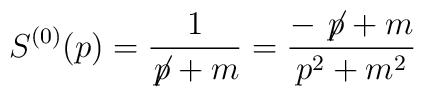
S^{(0)} (p) = \frac{1}{\not{\!p} + m} =  \frac{- \not{\!p} + m}{p^{2} +m^{2}}